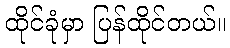
ထိုင်ခုံမှာ ပြန်ထိုင်တယ်။